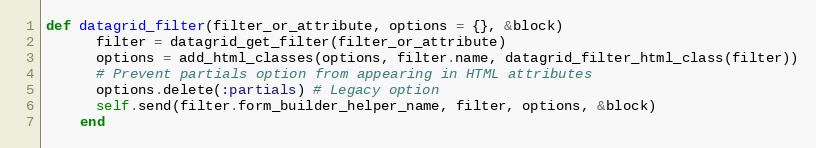
Language: Ruby
def datagrid_filter(filter_or_attribute, options = {}, &block)
      filter = datagrid_get_filter(filter_or_attribute)
      options = add_html_classes(options, filter.name, datagrid_filter_html_class(filter))
      # Prevent partials option from appearing in HTML attributes
      options.delete(:partials) # Legacy option
      self.send(filter.form_builder_helper_name, filter, options, &block)
    end